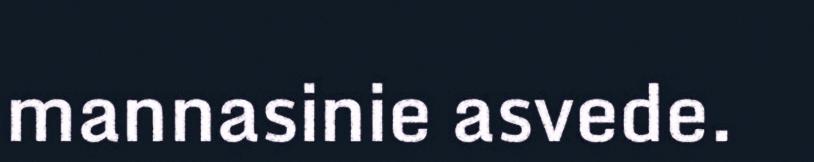
mannasinie asvede.